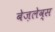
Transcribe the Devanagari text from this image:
बेज़लेव्स